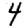
Digit: 4